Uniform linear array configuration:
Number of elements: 8
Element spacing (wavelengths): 1
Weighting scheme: binomial
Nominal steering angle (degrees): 60
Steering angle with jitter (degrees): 60.251
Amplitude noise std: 0.05
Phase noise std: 0.05

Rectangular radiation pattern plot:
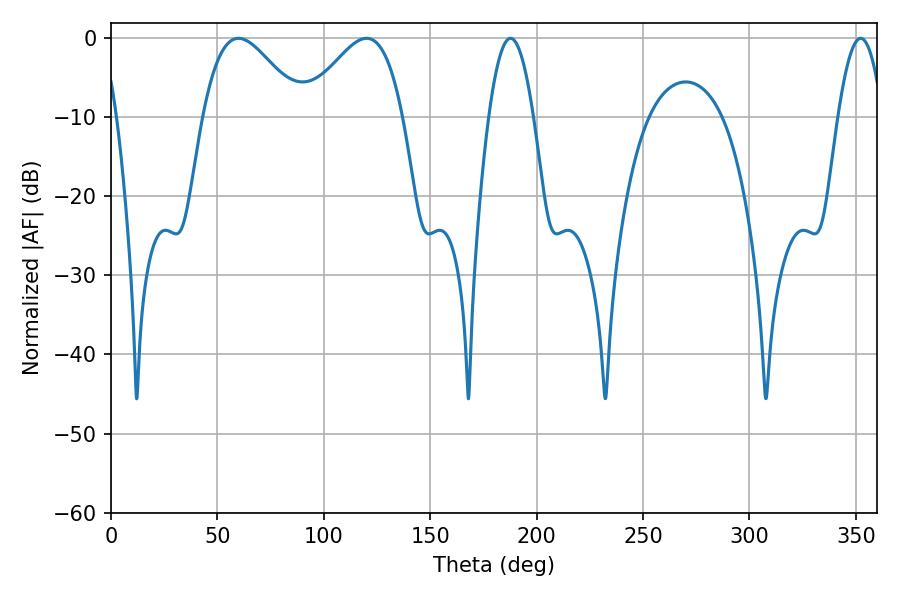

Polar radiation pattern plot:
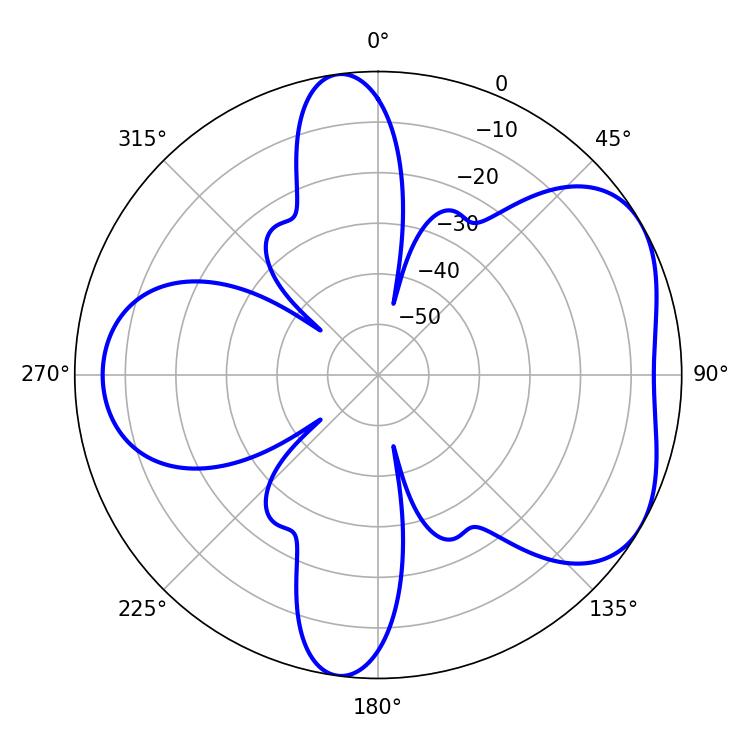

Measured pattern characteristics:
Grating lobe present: TRUE
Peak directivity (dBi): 4.908
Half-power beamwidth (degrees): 11.34
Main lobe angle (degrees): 187.74